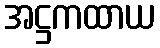
အဋ္ဌကထာယ